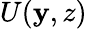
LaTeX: {U}(\mathbf{y},z)